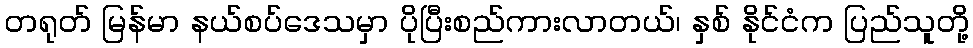
တရုတ် မြန်မာ နယ်စပ်ဒေသမှာ ပိုပြီးစည်ကားလာတယ်၊ နှစ် နိုင်ငံက ပြည်သူတို့